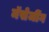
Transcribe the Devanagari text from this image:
मॅसेजींग